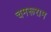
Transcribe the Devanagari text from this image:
चमरूराम